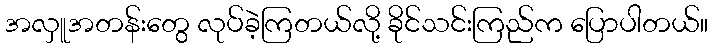
အလှူအတန်းတွေ လုပ်ခဲ့ကြတယ်လို့ ခိုင်သင်းကြည်က ပြောပါတယ်။